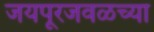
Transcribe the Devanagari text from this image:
जयपूरजवळच्या